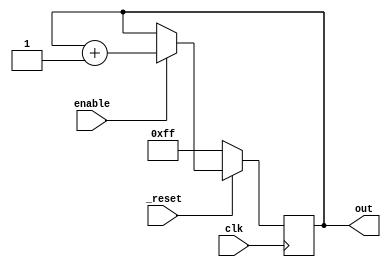
module Counter16(
    input enable,
    input _reset,
    input clk,
    output reg [15:0] out);
    
    always @(posedge clk) begin
        if(~_reset)
            out <= 16'hFF;
        else if(enable)
            out <= out + 1;
    end
    
 endmodule